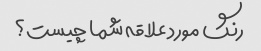
رنگ مورد علاقه شما چیست؟